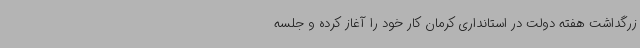
زرگداشت هفته دولت در استانداری کرمان کار خود را آغاز کرده و جلسه